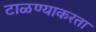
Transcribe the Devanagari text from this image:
टाळण्याकरता